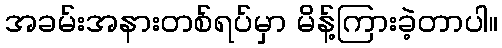
အခမ်းအနားတစ်ရပ်မှာ မိန့်ကြားခဲ့တာပါ။